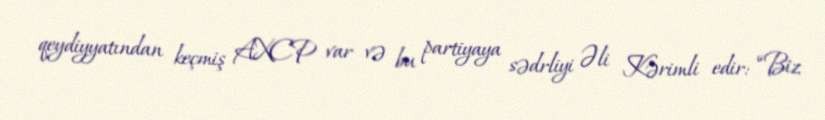
qeydiyyatından keçmiş AXCP var və bu partiyaya sədrliyi Əli Kərimli edir: “Biz